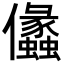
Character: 㒩